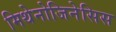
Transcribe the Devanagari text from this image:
मिथेनोजिनेसिस